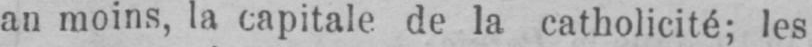
au moins, la capitale de la catholicité; les